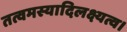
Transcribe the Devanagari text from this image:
तत्वमस्यादिलक्ष्यत्व।